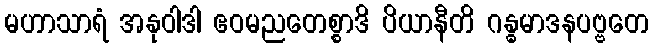
မဟာသာရံ အနုဝါဒါ ဧဝမညတေစ္စာဒိ ပိယာနီတိ ဂန္ဓမာဒနပဗ္ဗတေ